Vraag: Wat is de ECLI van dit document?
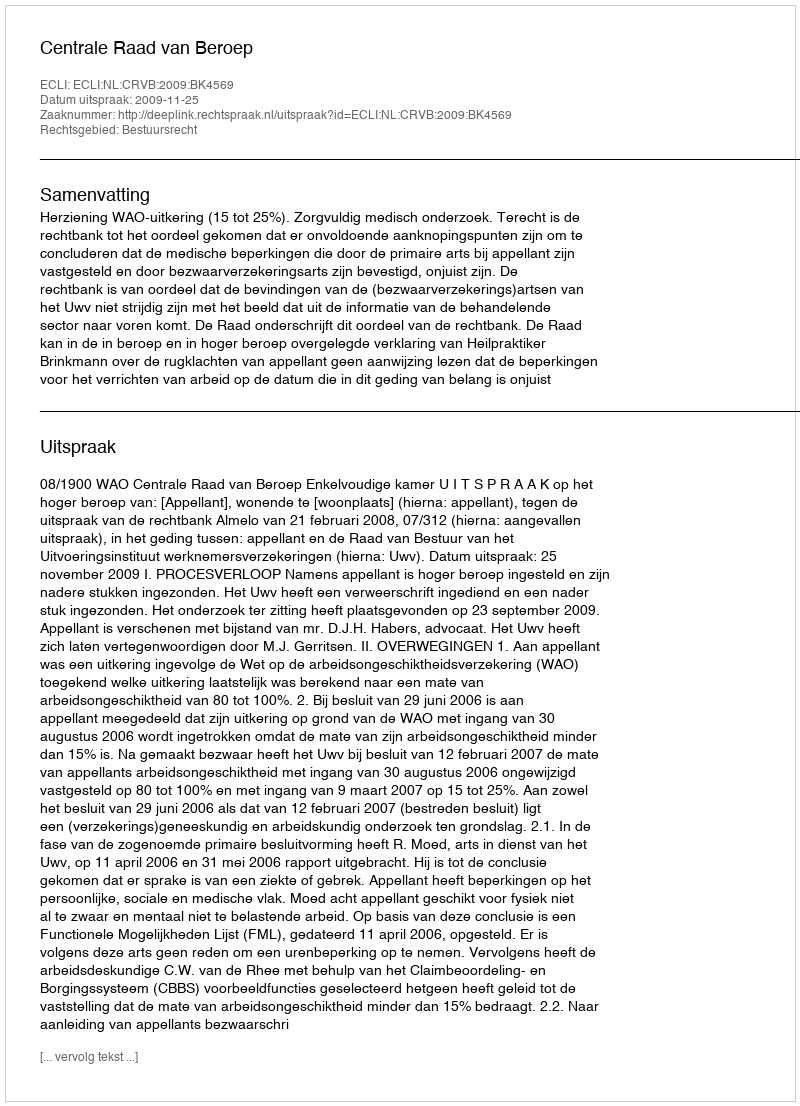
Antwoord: ECLI:NL:CRVB:2009:BK4569